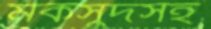
মকসুদসহ